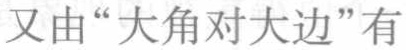
又由“大角对大边”有